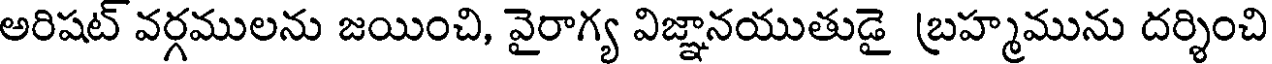
అరిషట్ వర్గములను జయించి, వైరాగ్య విజ్ఞానయుతుడై బ్రహ్మమును దర్శించి